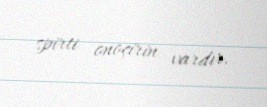
spirti onoçirin vardır.